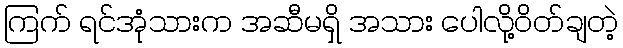
ကြက် ရင်အုံသားက အဆီမရှိ အသား ပေါလို့ဝိတ်ချတဲ့